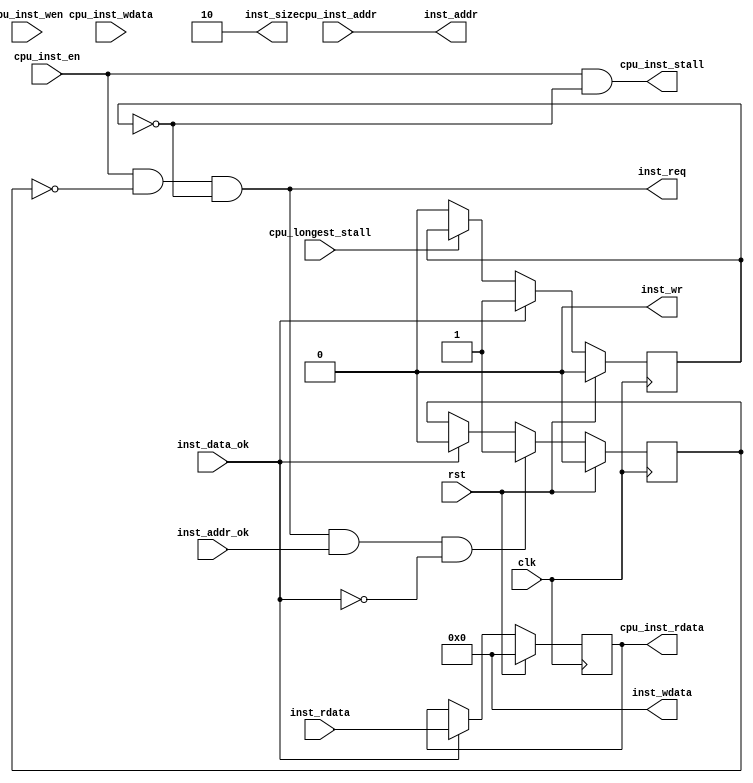
`timescale 1ns / 1ps

module inst_sram_like(
    input wire clk,
    input wire rst,
    // input from cpu
    input wire        cpu_inst_en   ,
    input wire [3 :0] cpu_inst_wen  ,       // no use
    input wire [31:0] cpu_inst_addr ,
    input wire [31:0] cpu_inst_wdata,       // no use
    input wire        cpu_longest_stall,
    // output to cpu
    output wire [31:0] cpu_inst_rdata,
    output wire        cpu_inst_stall,      
    // output to bridge
    output wire        inst_req    ,
    output wire        inst_wr     ,        // no use
    output wire [1 :0] inst_size   ,        // no use
    output wire [31:0] inst_addr   ,
    output wire [31:0] inst_wdata  ,        // no use
    // input from brige
    input wire [31:0] inst_rdata   ,
    input wire        inst_addr_ok ,
    input wire        inst_data_ok
    );

    reg addr_rcv;           // 
    reg do_finish;          // 

    always @(posedge clk) begin
        addr_rcv <= rst          ? 1'b0 :
        // inst_reqaddr_rcvaddr_okdata_okdata_ok
                    inst_req & inst_addr_ok & ~inst_data_ok ? 1'b1 :    
                    inst_data_ok ? 1'b0 : addr_rcv;
    end

    always @(posedge clk) begin
        do_finish <= rst          ? 1'b0 :
                     inst_data_ok ? 1'b1 :
                     ~cpu_longest_stall ? 1'b0 : do_finish;
    end

    // save rdata
    reg [31:0] inst_rdata_save;
    always @(posedge clk) begin
        inst_rdata_save <= rst ? 32'b0:
                           inst_data_ok ? inst_rdata : inst_rdata_save;
    end

    // sram like
    assign inst_req = cpu_inst_en & ~addr_rcv & ~do_finish;
    assign inst_wr = 1'b0;
    assign inst_size = 2'b10;
    assign inst_addr = cpu_inst_addr;
    assign inst_wdata = 32'b0;

    // sram
    assign cpu_inst_rdata = inst_rdata_save;
    assign cpu_inst_stall = cpu_inst_en & ~do_finish;
endmodule